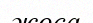
жоса